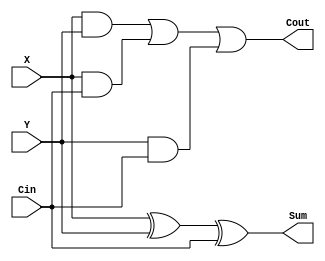
module FullAdder (X, Y, Cin, Cout, Sum); 
output Cout, Sum;
input X, Y, Cin;
assign #10 Sum = X ^ Y ^ Cin;
assign #10 Cout = (X && Y) || (X && Cin) || (Y && Cin);
endmodule